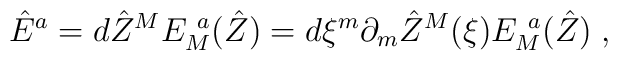
\hat{E}^{ {a}} = d\hat{Z}^{ {M}} E_{ {M}}^{~ {a}}(\hat{Z})= d\xi^m  \partial_m \hat{Z}^{ {M}}(\xi )  E_{ {M}}^{~ {a}}(\hat{Z})\; ,